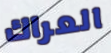
العراك